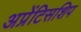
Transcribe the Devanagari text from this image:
अप्रेंटिसशिप